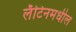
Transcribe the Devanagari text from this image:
लॅटिनमधील